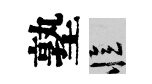
塾忆